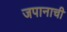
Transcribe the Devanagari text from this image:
जपानाची